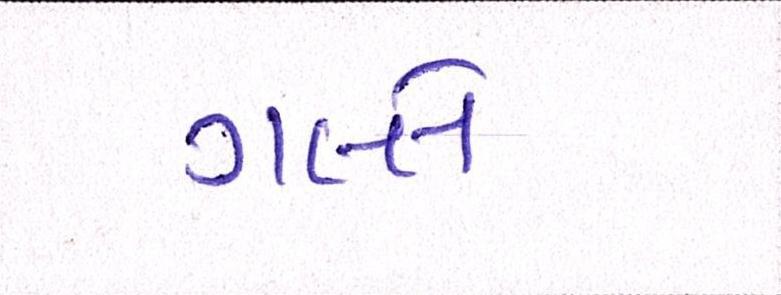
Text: ગલ્લે